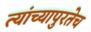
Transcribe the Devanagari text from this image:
त्यांच्यापुरतेच